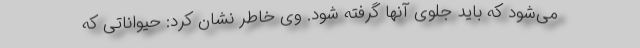
می‌شود که باید جلوی آنها گرفته شود. وی خاطر نشان کرد: حیواناتی که